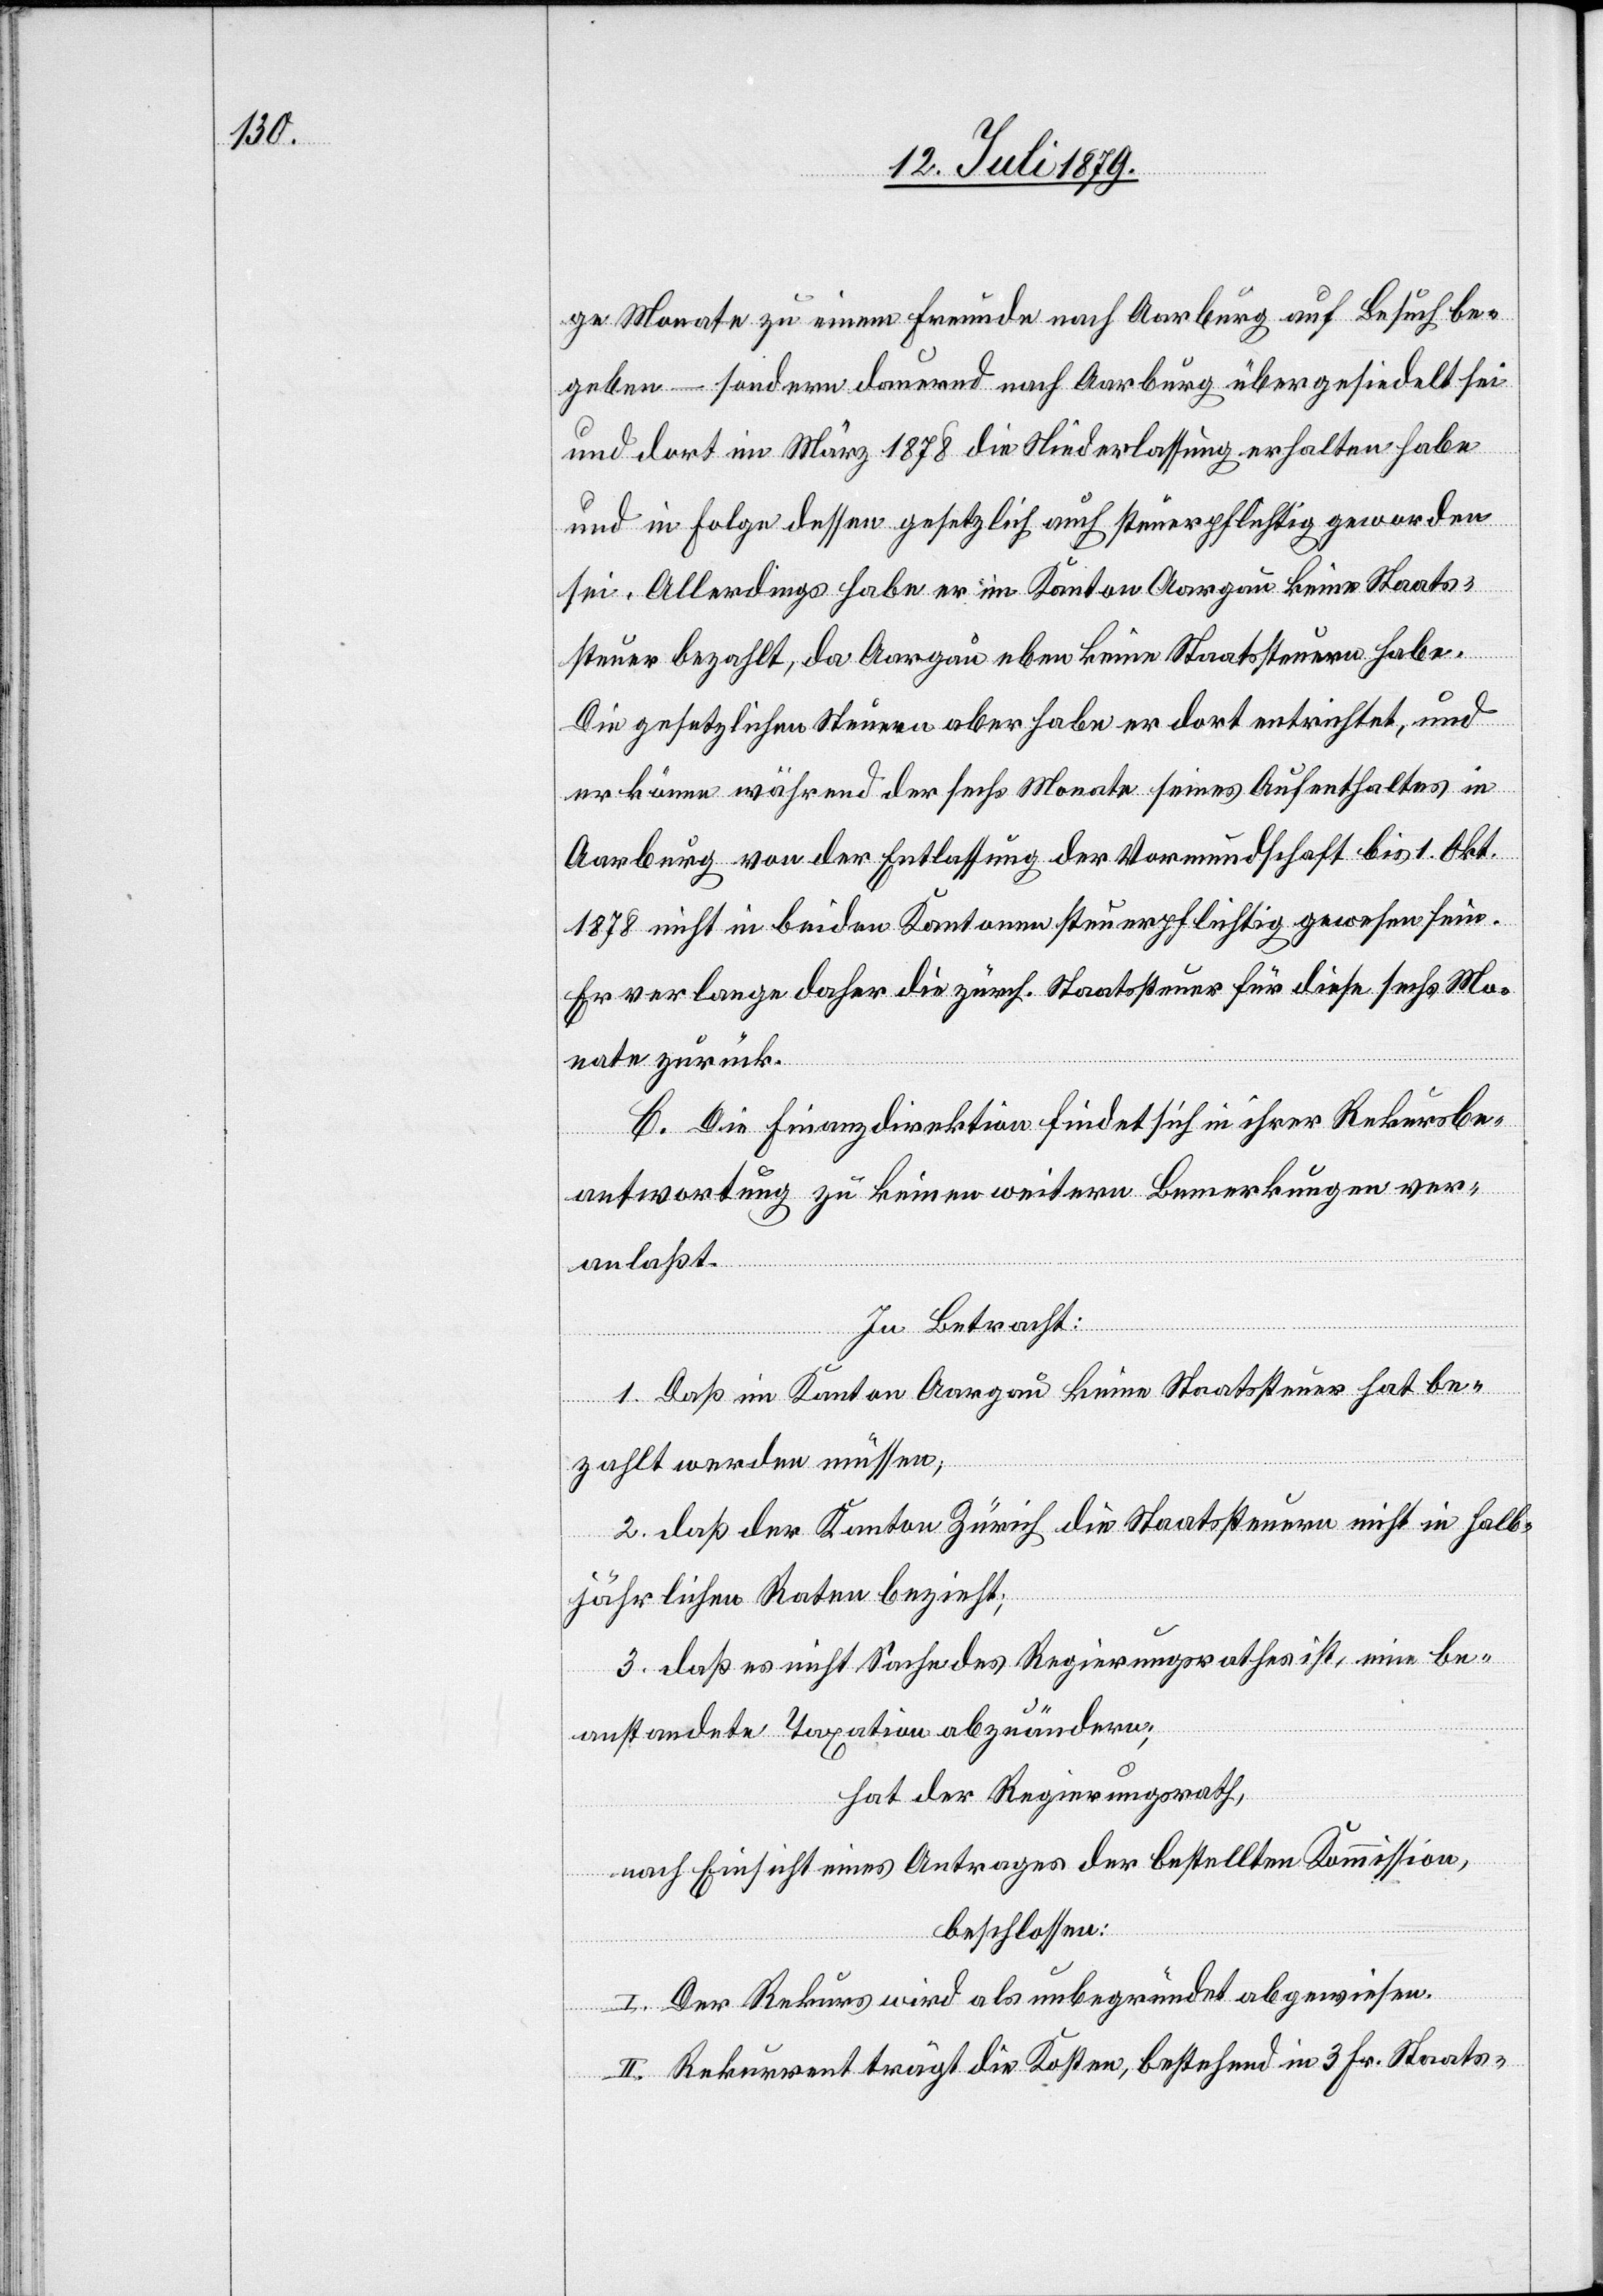
ge Monate zu einem Freunde nach Aarburg auf Besuch be¬
geben – sondern dauernd nach Aarburg übergesiedelt sei
und dort im März 1878 die Niederlassung erhalten habe
und in Folge dessen gesetzlich auch steuerpflichtig geworden
sei. Allerdings habe er im Kanton Aargau keine Staats¬
steuer bezahlt, da Aargau eben keine Staatssteuern habe.
Die gesetzlichen Steuern aber habe er dort entrichtet, und
er könne während der sechs Monate seines Aufenthaltes in
Aarburg von der Entlassung der Vormundschaft bis 1. Okt.
1878 nicht in beiden Kantonen steuerpflichtig gewesen sein.
Er verlange daher die zürch. Staatssteuer für diese sechs Mo¬
nate zurück.
C. Die Finanzdirektion findet sich in ihrer Rekursbe¬
antwortung zu keinen weitern Bemerkungen ver¬
anlaßt.
In Betracht:
1. Daß im Kanton Aargau keine Staatssteuer hat be¬
zahlt werden müssen;
2. daß der Kanton Zürich die Staatssteuern nicht in halb¬
jährlichen Raten bezieht;
3. daß es nicht Sache des Regierungsrathes ist, eine be¬
anstandete Taxation abzuändern;
hat der Regierungsrath,
nach Einsicht eines Antrages der bestellten Kommission,
beschlossen:
I. Der Rekurs wird als unbegründet abgewiesen.
II. Rekurrent trägt die Kosten, bestehend in 3 Fr. Staats-